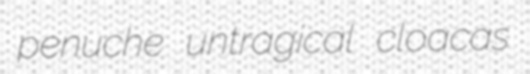
penuche untragical cloacas